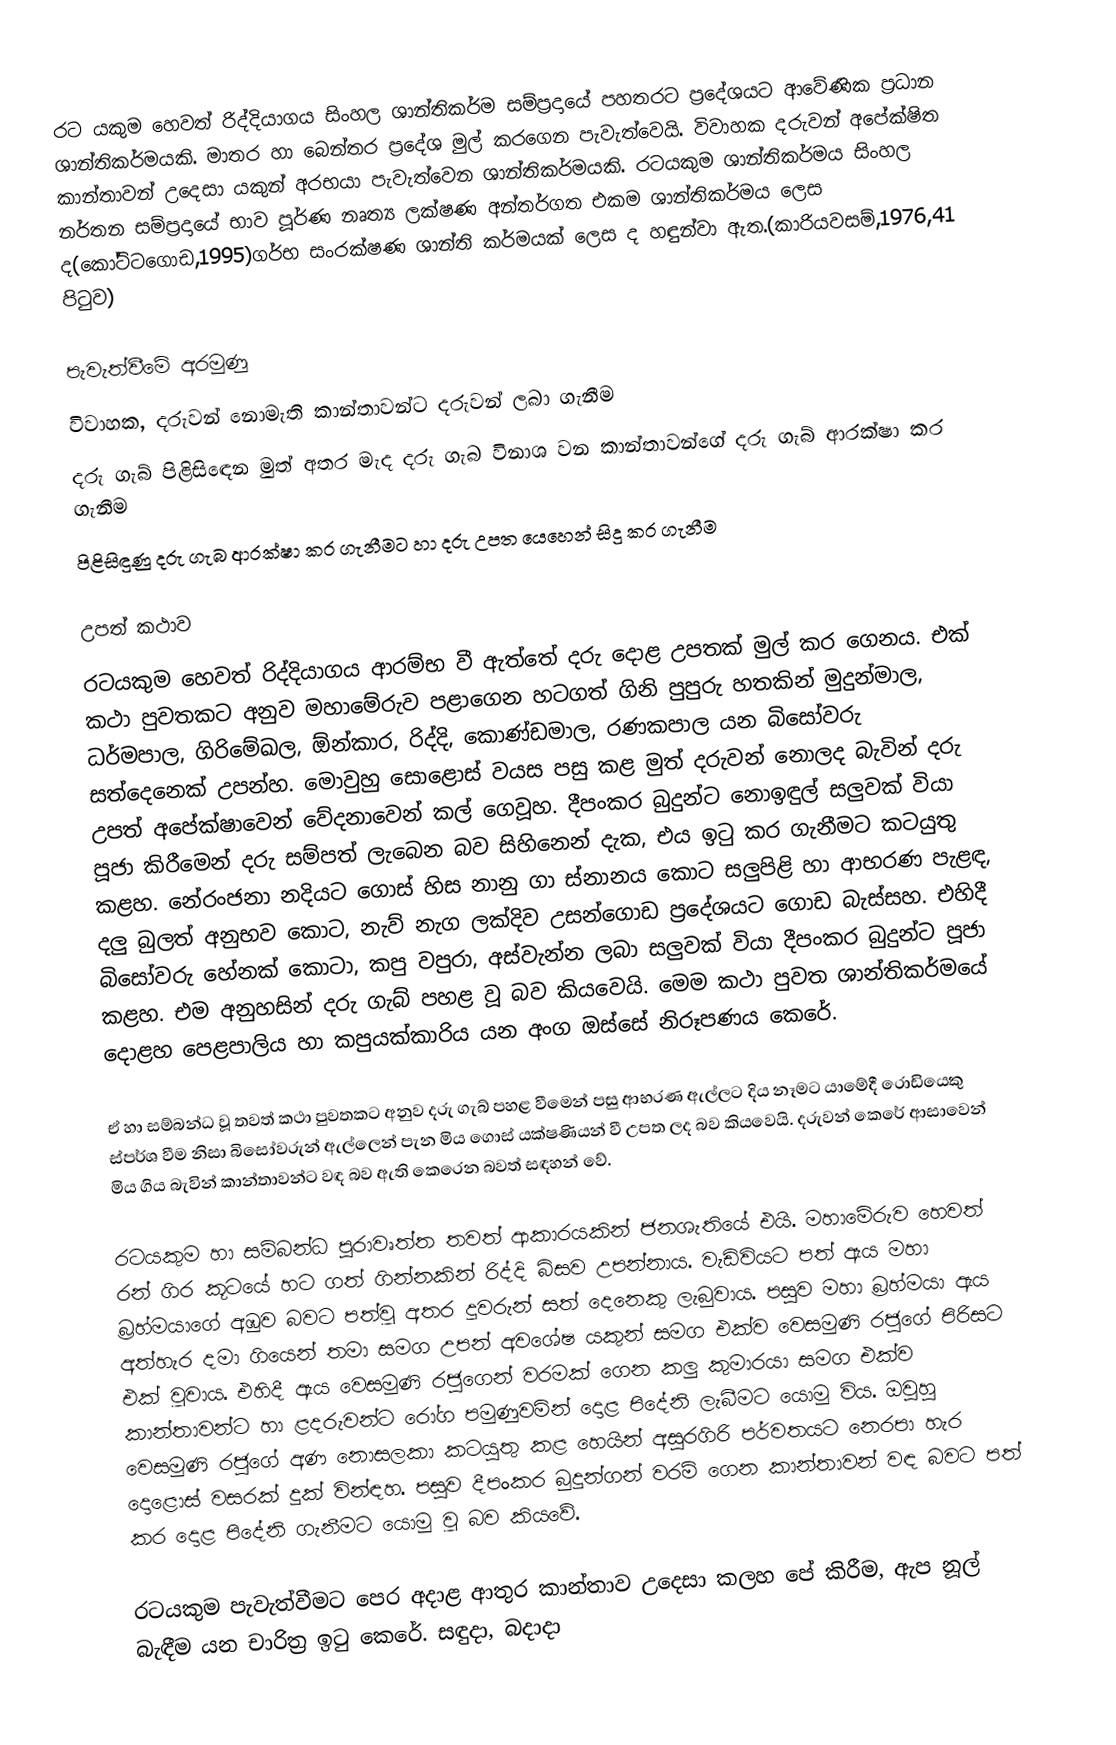
රට යකුම හෙවත් රිද්දියාගය සිංහල ශාන්තිකර්ම සම්ප්‍රදායේ පහතරට ප්‍රදේශයට ආවේණික ප්‍රධාන ශාන්තිකර්මයකි. මාතර හා බෙන්තර  ප්‍රදේශ මුල් කරගෙන පැවැත්වෙයි. විවාහක දරුවන් අපේක්ෂිත කාන්තාවන් උදෙසා යකුන් අරභයා පැවැත්වෙන ශාන්තිකර්මයකි. රටයකුම ශාන්තිකර්මය සිංහල නර්තන සම්ප්‍රදායේ භාව පූර්ණ නෘත්‍ය ලක්ෂණ අන්තර්ගත එකම ශාන්තිකර්මය ලෙස ද(කෝට්ටගොඩ,1995)ගර්භ සංරක්ෂණ ශාන්ති කර්මයක් ලෙස ද හඳුන්වා ඇත.(කාරියවසම්,1976,41 පිටුව)

පැවැත්වීමේ අරමුණු
විවාහක, දරුවන් නොමැති  කාන්තාවන්ට දරුවන්  ලබා ගැනීම
දරු ගැබ් පිළිසි‍‍ඳෙන මුත් අතර මැද දරු ගැබ විනාශ වන කාන්තාවන්ගේ දරු ගැබ් ආරක්ෂා කර ගැනීම
පිළිසිඳුණු දරු ගැබ ආරක්ෂා කර ගැනීමට හා දරු උපත යෙහෙන් සිදු කර ගැනීම

උපත් කථාව
රටයකුම හෙවත් රිද්දියාගය ආරම්භ වී ඇත්තේ දරු දොළ උපතක් මුල් කර ගෙනය. එක් කථා පුවතකට අනුව මහාමේරුව පළාගෙන හටගත් ගිනි පුපුරු හතකින්  මුදුන්මාල, ධර්මපාල, ගිරිමේඛල, ඕන්කාර, රිද්දි, කොණ්ඩමාල, රණකපාල යන බිසෝවරු සත්දෙනෙක් උපන්හ. මොවුහු සොළොස් වයස පසු කළ මුත් දරුවන් නොලද බැවින් දරු උපත් අපේක්ෂාවෙන් වේදනාවෙන් කල් ගෙවූහ. දීපංකර බුදුන්ට නොඉඳුල් සලුවක් වියා පූජා කිරීමෙන් දරු සම්පත් ලැබෙන බව සිහිනෙන් දැක, එය ඉටු කර ගැනීමට කටයුතු කළහ. නේරංජනා නදියට ගොස් හිස නානු ගා ස්නානය කොට සලුපිළි හා ආභරණ පැළඳ, දලු බුලත් අනුභව කොට, නැව් නැග ලක්දිව උසන්ගොඩ ප්‍ර‍‍දේශයට ගොඩ බැස්සහ. එහිදී බිසෝවරු හේනක් කොටා, කපු වපුරා, අස්වැන්න ලබා සලුවක් වියා දීපංකර බුදුන්ට පූජා කළහ. එම අනුහසින් දරු ගැබ් පහළ වූ බව කියවෙයි. මෙම කථා පුවත ශාන්තිකර්මයේ දොළහ පෙළපාලිය හා කපුයක්කාරිය යන අංග ඔස්සේ නිරූපණය කෙරේ.

ඒ හා සම්බන්ධ වූ තවත් කථා පුවතකට අනුව දරු ගැබ් පහළ වීමෙන් පසු ආභරණ ඇල්ලට දිය නෑමට යාමේදී රොඩියෙකු ස්පර්ශ වීම නිසා බිසෝවරුන් ඇල්ලෙන් පැන මිය ගොස් යක්ෂණියන් වී උපත ලද බව කියවෙයි. දරුවන් කෙ‍රේ ආසාවෙන් මිය ගිය බැවින් කාන්තාවන්ට වඳ බව ඇති කෙරෙන බවත් සඳහන් වේ.

රටයකුම හා සම්බන්ධ පුරාවෘත්ත තවත් ආකාරයකින් ජනශැතියේ එයි. මහාමේරුව හෙවත් රන් ගිර කූටයේ හට ගත් ගින්නකින් රිද්දි බිසව උපන්නාය. වැඩිවියට පත් ඇය මහා බ්‍රහ්මයාගේ අඹුව බවට පත්වූ අතර දූවරුන් සත් දෙනෙකු ලැබුවාය. පසුව මහා බ්‍රහ්මයා ඇය අත්හැර දමා ගියෙන් තමා සමග උපන් අවශේෂ යකුන් සමග එක්ව වෙසමුණි රජුගේ පිරිසට එක් වූවාය. එහිදී ඇය වෙසමුණි රජුගෙන් වරමක් ගෙන කලු කුමාරයා සමග එක්ව කාන්තාවන්ට හා ළදරුවන්ට රෝග පමුණුවමින් දොළ පිදේනි ලැබීමට යොමු විය. ඔවුහු වෙසමුණි රජුගේ අණ නොසලකා කටයුතු කළ හෙයින් අසුරගිරි පර්වතයට නෙරපා හැර දොළොස් වසරක් දුක් වින්ඳහ. පසුව දීපංකර බුදුන්ගන් වරම් ගෙන කාන්තාවන් වඳ බවට පත් කර දොළ පිදේනි ගැනීමට ‍යොමු වූ බව කියවේ.

රටයකුම පැවැත්වීමට පෙර අදාළ ආතුර කාන්තාව උදෙසා කලහ පේ කිරීම, ඇප නූල් බැඳීම යන චාරිත්‍ර ඉටු කෙරේ. සඳුදා, බදාදා